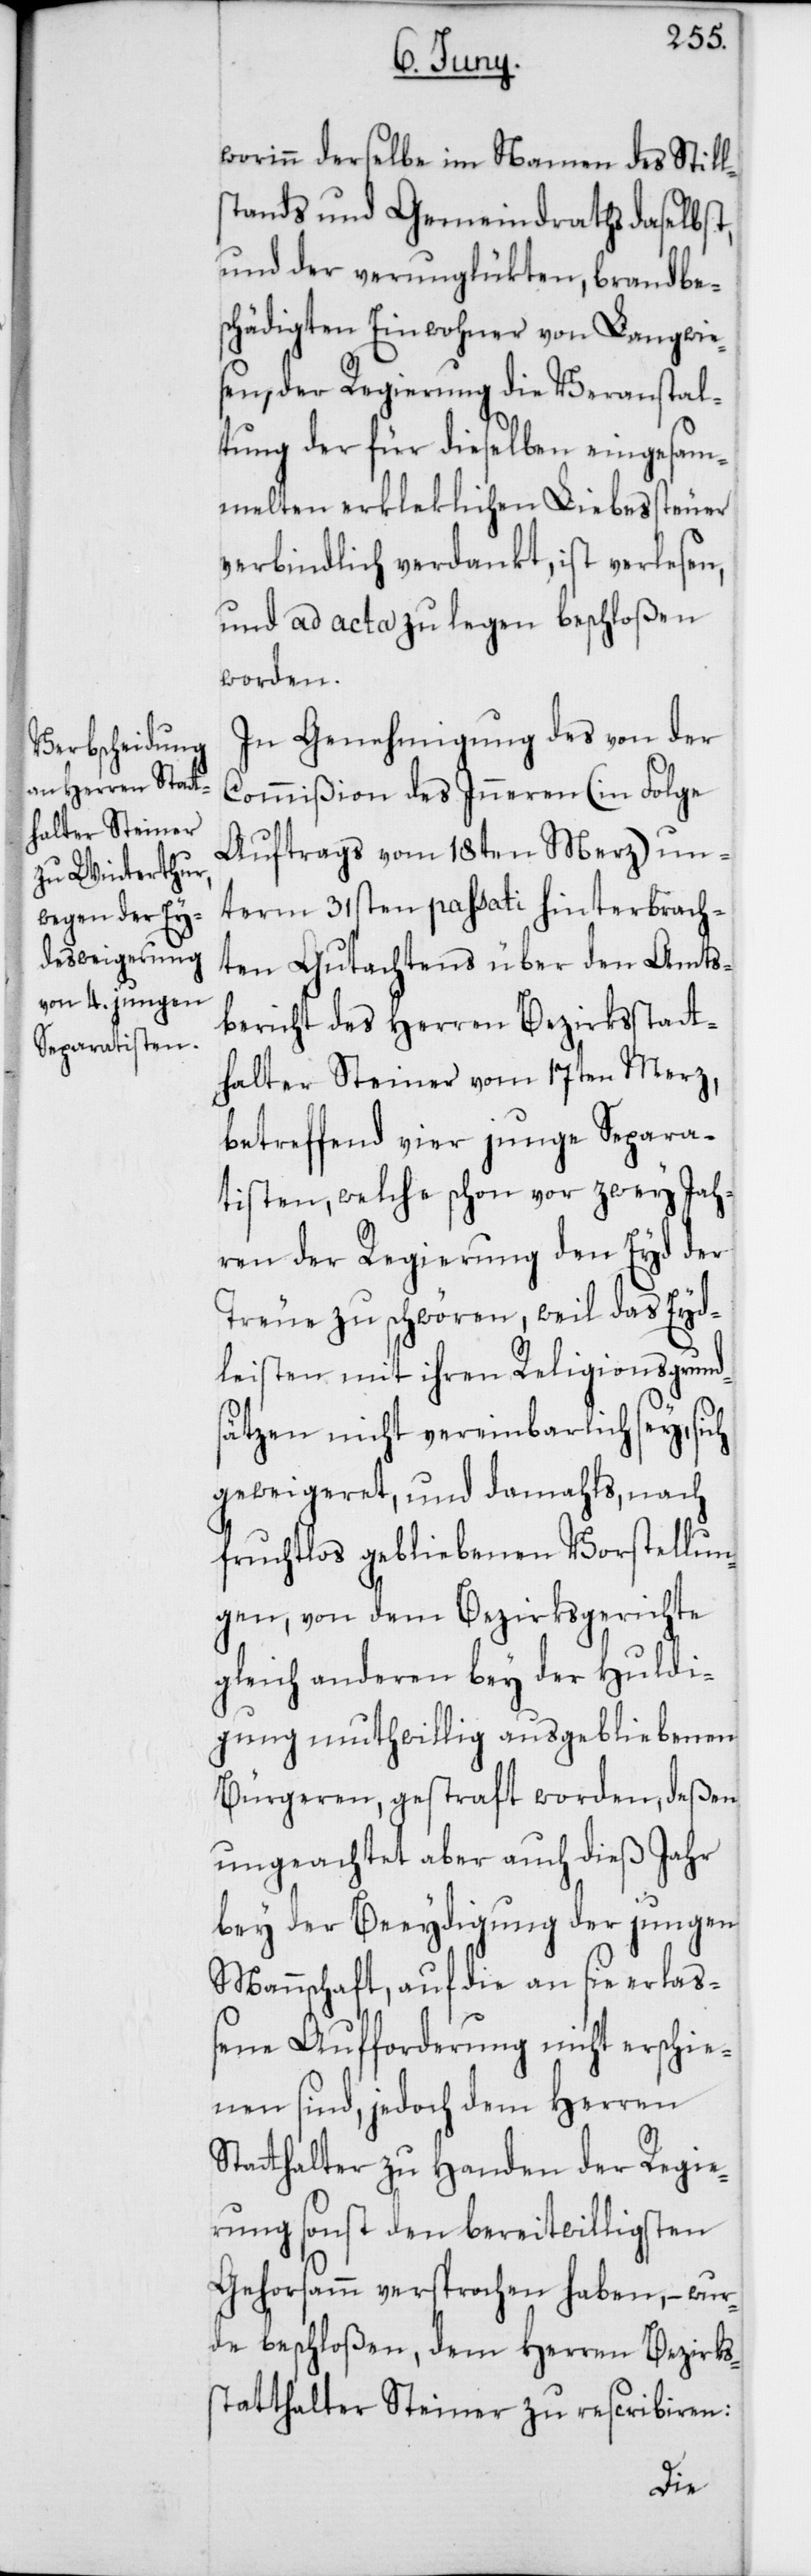
worinn derselbe im Namen des Still¬
stands und Gemeindraths daselbst,
und der verunglükten, brandb¬
schädigten Einwohner von Langwie¬
sen, der Regierung die Veranstal¬
tung der für dieselben eingesam¬
melten erkleklichen Liebessteuer
verbindlich verdankt, ist verlesen
und ad acta zu legen beschloßen
worden.
In Genehmigung des von der
Commißion des Inneren (in Folge
Auftrags vom 18ten Merz) un¬
term 31sten passati hinterbrach¬
ten Gutachtens über den Amts¬
bericht des Herren Bezirksstatt¬
halter Steiner vom 17ten Merz,
betreffend vier junge Separa¬
tisten, welche schon vor zwey Jah¬
ren der Regierung den Eyd der
Treue zu schwören, weil das Eyd¬
leisten mit ihren Religionsgrund¬
sätzen nicht vereinbarlich sey, sich
geweigeret, und damahls, nach
fruchtlos gebliebenen Vorstellun¬
gen, von dem Bezirksgerichte
gleich anderen bey der Huldi¬
gung muthwillig ausgebliebenen
Bürgeren, gestraft worden, deßen
ungeachtet aber auch dieß Jahr
bey der Beeydigung der jungen
Mannschaft, auf die an sie erlaß¬
ene Aufforderung nicht erschie¬
nen sind, jedoch dem Herren
Stathalter zu Handen der Regie¬
rung sonst den bereitwilligsten
Gehorsamm versprochen haben, – wur¬
de beschloßen, dem Herren Bezirks¬
statthalter Steiner zu rescribieren: